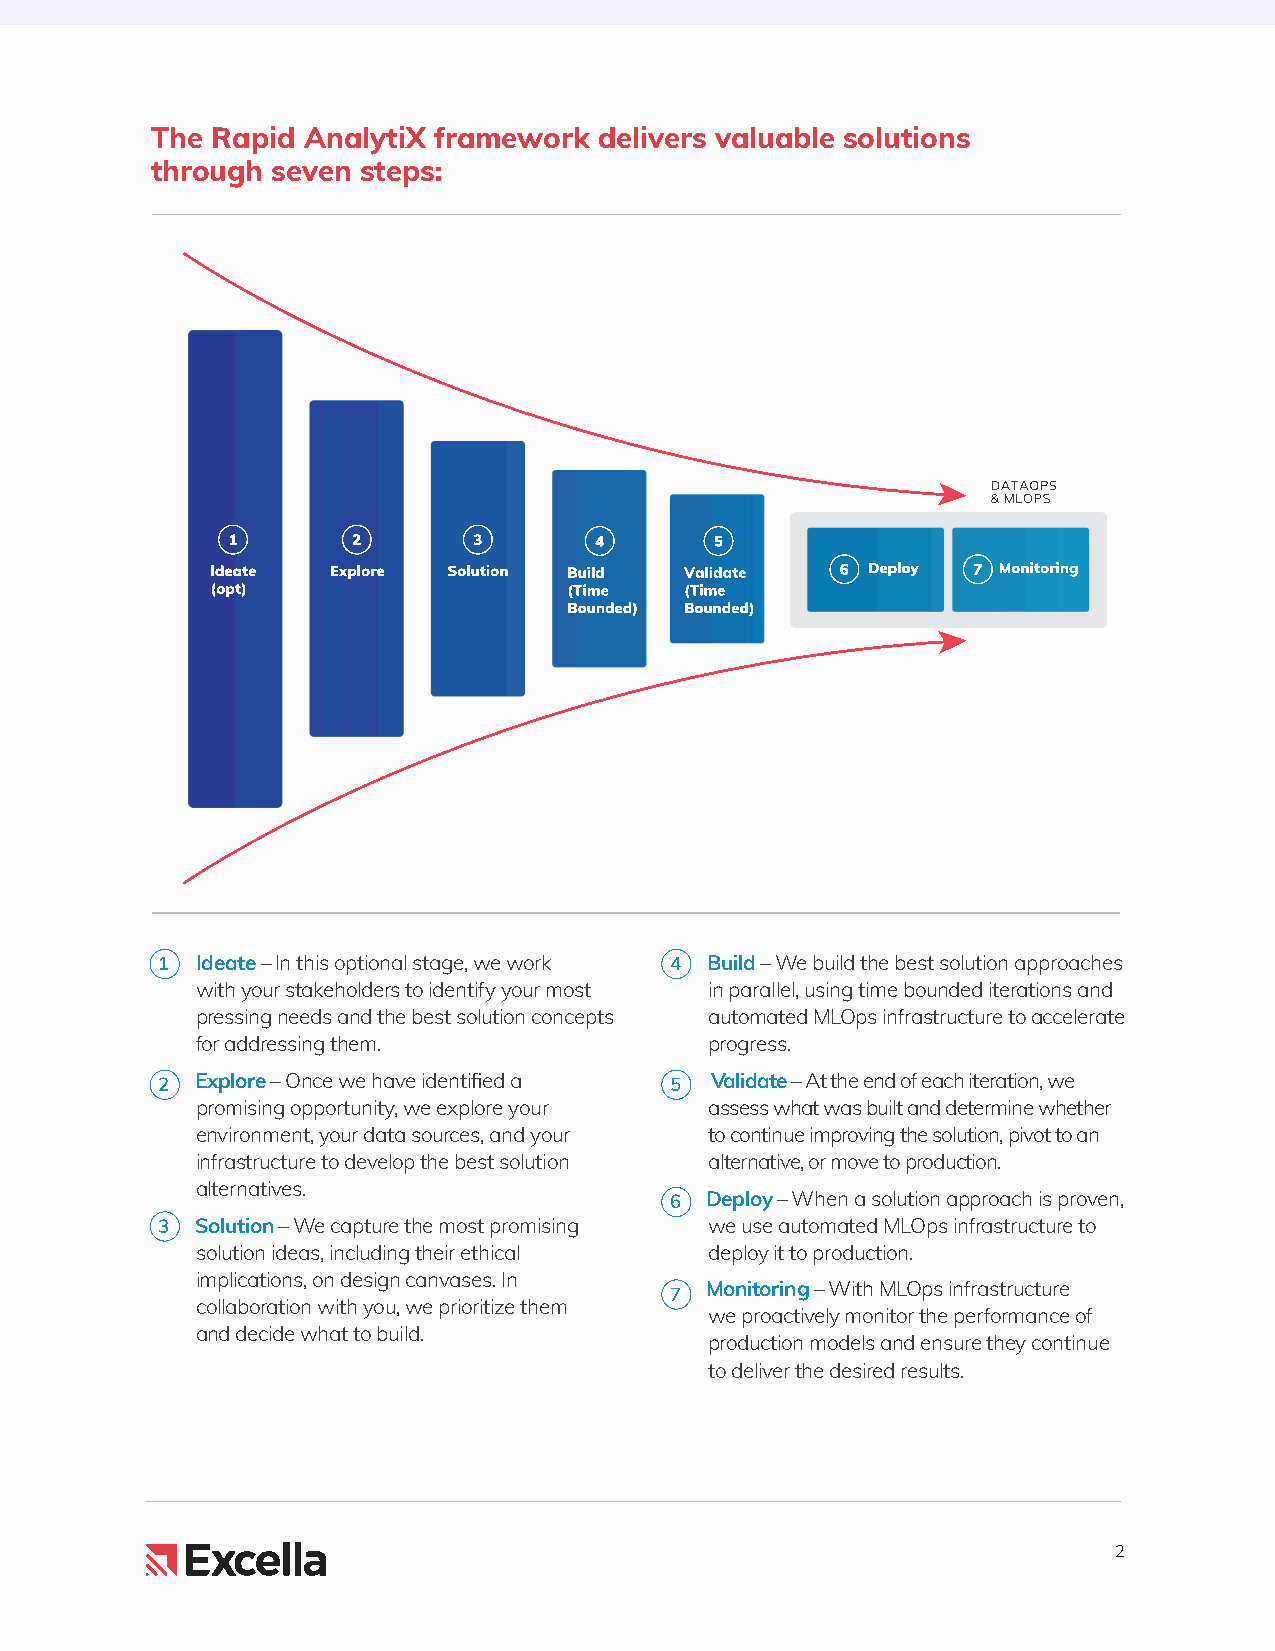
The Rapid AnalytiX framework  delivers valuable solutions
 through seven steps:
 1  Ideate – In this optional stage, we work 4 Build – We build the best solution approaches
 with your stakeholders to identify your most in parallel, using time bounded iterations and
 pressing needs and the best solution concepts automated MLOps infrastructure to accelerate
 for addressing them.              progress.
 2  Explore – Once we have identified a 5 Validate – At the end of each iteration, we
 promising opportunity, we explore your assess what was built and determine whether
 environment, your data sources, and your to continue improving the solution, pivot to an
 infrastructure to develop the best solution alternative, or move to production.
 alternatives.
 6  Deploy – When a solution approach is proven,
 3  Solution – We capture the most promising we use automated MLOps infrastructure to
 solution ideas, including their ethical deploy it to production.
 implications, on design canvases. In
 7  Monitoring – With MLOps infrastructure
 collaboration with you, we prioritize them
 we proactively monitor the performance of
 and decide what to build.
 production models and ensure they continue
 to deliver the desired results.
 2